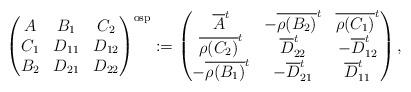
LaTeX: \begin{align*}\begin{pmatrix}A&B_1&C_2\\ C_1&D_{11}&D_{12}\\ B_2&D_{21}&D_{22}\end{pmatrix}^{\mathrm{osp}}:=\begin{pmatrix}\overline{A}^t&-\overline{\rho(B_2)}^t&\overline{\rho(C_1)}^t\\\overline{\rho(C_2)}^t&\overline{D}_{22}^t&-\overline{D}_{12}^t\\-\overline{\rho(B_1)}^t&-\overline{D}_{21}^t&\overline{D}_{11}^t\end{pmatrix},\end{align*}